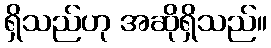
ရှိသည်ဟု အဆိုရှိသည်။